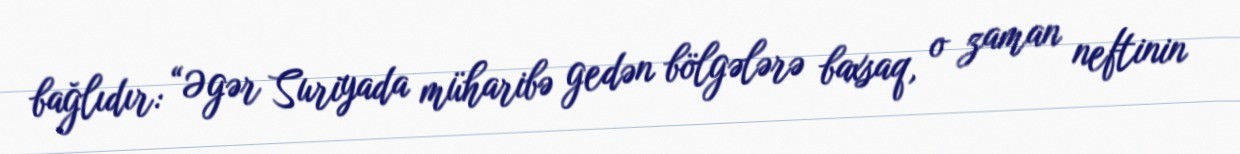
bağlıdır: “Əgər Suriyada müharibə gedən bölgələrə baxsaq, o zaman neftinin